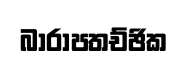
බාරාපතච්ඡික